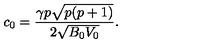
c _ { 0 } = \frac { \gamma p \sqrt { p ( p + 1 ) } } { 2 \sqrt { B _ { 0 } V _ { 0 } } } .